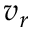
v _ { r }